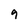
Character: 9